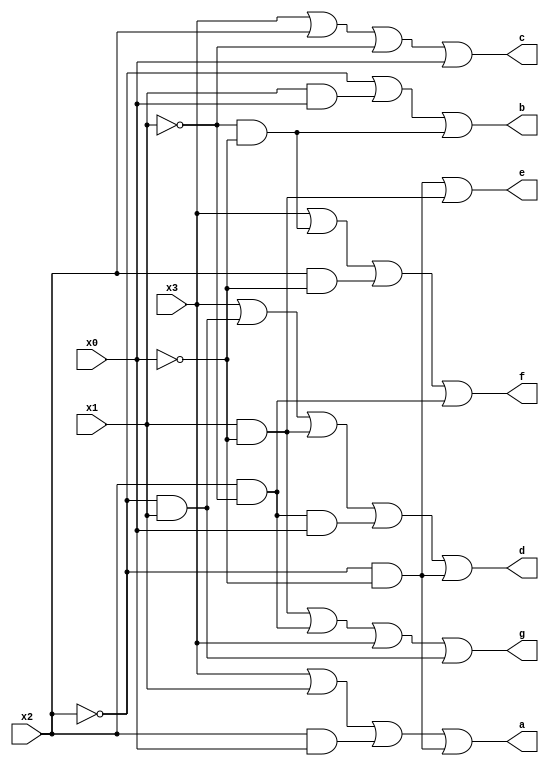
`timescale 1ns / 1ns
//////////////////////////////////////////////////////////////////////////////////
// Company: 
// Engineer: 
// 
// Design Name: 
// Module Name: SevenSegmentCombinational
// Project Name: 
// Target Devices: 
// Tool Versions: 
// Description: 
// 
// Dependencies: 
// 
// Revision:
// Revision 0.01 - File Created
// Additional Comments:
// 
//////////////////////////////////////////////////////////////////////////////////


module SevenSegmentCombinational(
    input x3,
    input x2,
    input x1,
    input x0,
    output a,
    output b,
    output c,
    output d,
    output e,
    output f,
    output g
    );
    
    assign a = x3   | x1    | x2&x0 | ~x2&~x0;
    assign b = ~x2  | x1&x0 | ~x1&~x0;
    assign c = x3   | x2    | ~x1   | x0;
    assign d = x3   |~x2&x1 | x1&~x0    | x2&~x1&x0    | ~x2&~x0;
    assign e = ~x2&~x0  | x1&~x0;
    assign f = x3   | ~x1&~x0   | x2&~x0    | x2&~x1;
    assign g = x1&~x0   | x2&~x1    | x3    | ~x2&x1;
    
endmodule